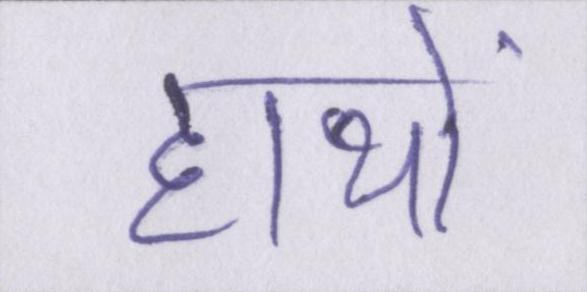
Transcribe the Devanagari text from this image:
हाथों